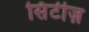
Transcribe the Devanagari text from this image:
सिंटीज़